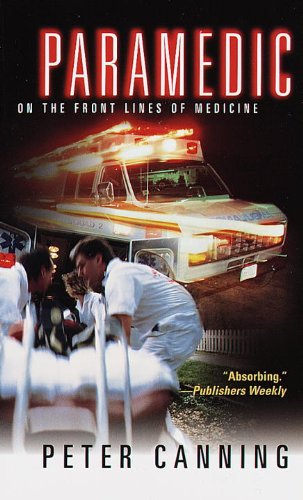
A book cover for Paramedic: On the Front Lines of Medicine; Peter Canning; Medical Books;